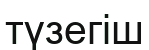
түзегіш